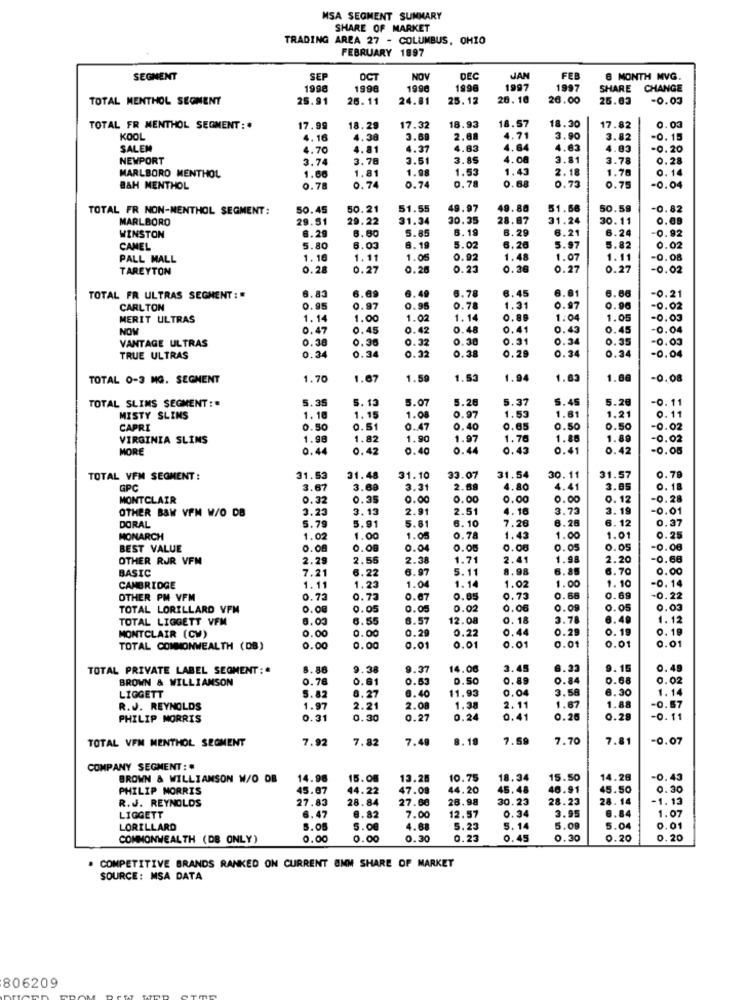
MSA SEGMENT SUMMARY
SHARE OF MARKET
TRADING AREA 27 - COLUMBUS, OHIO
FEBRUARY 1997
SEGMENT
SEP
OCT
NOV
DEC
JAN
FEB
6 MONTH MVG.
1998
1996
199
1996
1997
1997
SHARE
CHANGE
TOTAL MENTHOL SEGMENT
25.91
26.11
24.81
25.12
28.10
26.00
25.63
-0.03
18.57
18.30
TOTAL FR MENTHOL SEGMENT :.
17.99
18.29
17.32
18.93
17.82
0.03
KOOL
4. 16
4.38
3.60
2.68
4.71
3.90
3.82
-0.15
SALEM
4.70
4.81
4.37
4.83
4.84
4.63
4.83
-0.20
NEWPORT
3.74
3.78
3.51
3.85
4.08
3.81
3.78
0.28
1.66
1.98
1.53
1.43
2.18
1.78
0.14
MARLBORO MENTHOL
1.81
0.78
0.68
0.73
B&H MENTHOL
0.78
0.74
0.74
0.75
-0.04
TOTAL FR NON-MENTHOL SEGMENT:
50.45
50.21
51.55
49.97
49.88
51.66
50.59
-0.82
MARLBORO
29.51
29.22
31.34
30.35
28.87
31.24
30.11
0.09
8.29
5.85
6.19
6.29
6.21
6.24
-0.92
WINSTON
6.80
CAMEL
5.80
6.03
8. 19
5.02
6.26
5.97
5.82
0.02
PALL MALL
1.16
1.11
1.05
0.92
1.48
1.07
1.11
-0.08
TAREYTON
0.20
0.27
0.26
0.23
0.36
0.27
0.27
-0.02
6.83
6.49
6.78
6.81
6.66
-0.21
TOTAL FR ULTRAS SEGMENT : *
6.69
6.45
CARLTON
0.95
0.97
0.95
0.78
1.31
0.97
0.96
-0.02
MERIT ULTRAS
1.14
1.00
1.0
1.14
0.88
1.04
1.05
-0.03
NOM
0.47
0.45
0.42
0.48
0.41
0.43
0.45
-0.04
VANTAGE ULTRAS
0.38
0.36
0.32
0.38
0.31
0.34
0.35
-0.03
0.32
0.38
0.34
-0.04
TRUE ULTRAS
0.34
0.34
0.29
0.34
TOTAL 0-3 MG. SEGMENT
1.70
1.67
1.59
1.53
1.94
1.63
1.00
-0.08
TOTAL SLIMS SEGMENT:#
5.35
5. 13
5.07
5.28
5.37
5.45
5.28
-0. 11
0.97
1.53
1.61
1.21
MISTY SLIMS
1.10
1.15
1.08
0.11
CAPRI
0.50
0.51
0.4
0.40
0.65
0.50
0.50
-0.02
VIRGINIA SLIMS
1.98
1.82
1.90
1.97
1.76
1.86
1.89
-0.02
MORE
0.44
0.42
0.40
0.44
0.43
0.41
0.42
-0.05
TOTAL VFM SEGMENT :
31.53
31.48
31.10
33.07
31.54
30.11
31.57
0.79
GPC
3.67
3.68
3.31
2.
4.80
4.41
3.85
0.18
MONTCLAIR
0.32
0.35
0.00
0.00
0.00
0.00
0.12
-0.28
OTHER B&W VPM W/O DB
3.23
3.13
2.91
2.51
4.16
3.73
3.19
-0.01
5.81
6.10
7.26
6.28
6.12
0.37
DORAL
5.79
5.91
MONARCH
1.02
1.00
1.08
0.78
1.43
1.00
1.01
0.25
BEST VALUE
0.08
0.00
0.04
0.05
0.08
0.05
0.05
0.08
OTHER RUR VFM
2.29
2.55
2.38
1.71
2.41
1.98
2.20
-0.68
BASIC
6.97
5.11
8.98
6.85
6.70
0.00
7.21
6.22
1.10
-0.14
CAMBRIDGE
1.11
1.23
1.04
1.14
1.02
1.00
OTHER PM VFM
0.73
0.72
0.67
0.05
0.73
0.68
0.69
-0.22
TOTAL LORILLARD VPM
0.00
0.05
0.05
0.02
0.06
0.09
0.03
TOTAL LIGGETT VFM
8.03
6.55
6.57
12.08
0. 18
3.78
6.49
1.12
0.00
0.29
0.22
0.44
0.29
19
0.19
MONTCLAIR (CW)
0.00
01
0.01
TOTAL COMMONWEALTH (DB)
0.00
0.00
0.01
0.01
0.01
0.01
ONDOO
TOTAL PRIVATE LABEL SEGMENT:"
8.86
9.38
9.37
14.00
3.45
6.33
0.49
BROWN & WILLIAMSON
0.78
0.81
0.6
D.SO
0.89
0.84
0.68
0.02
5.82
8.40
11.95
0.04
3.58
.30
1.14
LIGGETT
8.27
.88
R.J. REYNOLDS
1.97
2.21
2.08
1.38
2. 11
1.67
PHILIP MORRIS
0.31
.30
0.27
0.24
0.41
0.26
0.28
O.
11
TOTAL VFN MENTHOL SEGMENT
7.92
7.82
7.49
8.18
7.59
7.70
7.81
-0.07
COMPANY SEGMENT: #
BROWN & WILLIAMSON W/O OB
14.96
15.08
13.28
10.75
18.34
15.50
14.28
-0.43
PHILIP MORRIS
45.67
44.22
47.09
44.20
45.48
46.91
45.50
0.30
27.83
28.84
27.60
26.98
30.23
28.23
28. 14
-1.13
R.J. REYNOLDS
3.95
6.84
1.07
LIGGETT
6.47
8.82
7.00
12.57
0.34
LORILLARD
5.05
5.00
4.6
5.23
5.14
5.09
5.04
0.01
COMMONWEALTH (DB ONLY)
0.00
0.00
0.3
0.23
0.45
0.30
0.20
0.20
COMPETITIVE BRANDS RANKED ON CURRENT 8MM SHARE OF MARKET
SOURCE: MSA DATA
806209